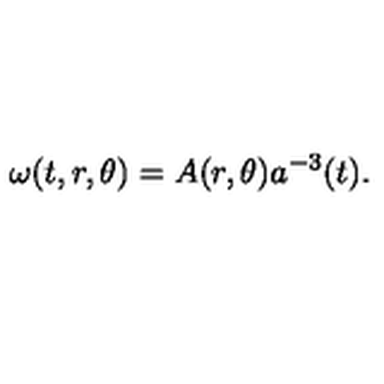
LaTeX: \omega ( t , r , \theta ) = A ( r , \theta ) a ^ { - 3 } ( t ) .